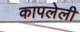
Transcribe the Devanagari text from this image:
कापलेली